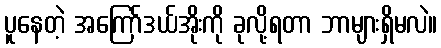
ပူနေတဲ့ အကြော်ဒယ်အိုးကို ခုလို့ရတာ ဘာများရှိမလဲ။